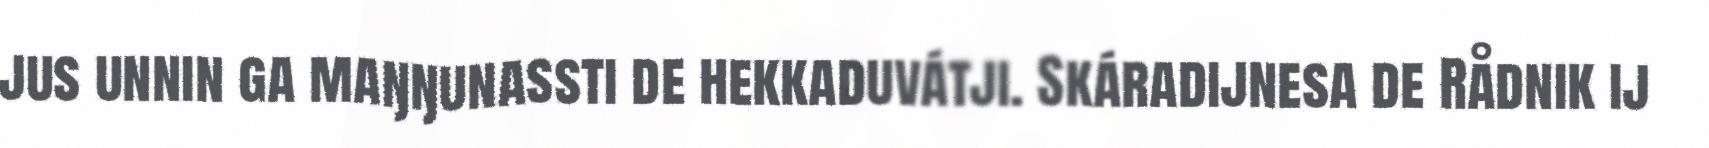
jus unnin ga maŋŋunassti de hekkaduvátji. Skáradijnesa de Rådnik ij